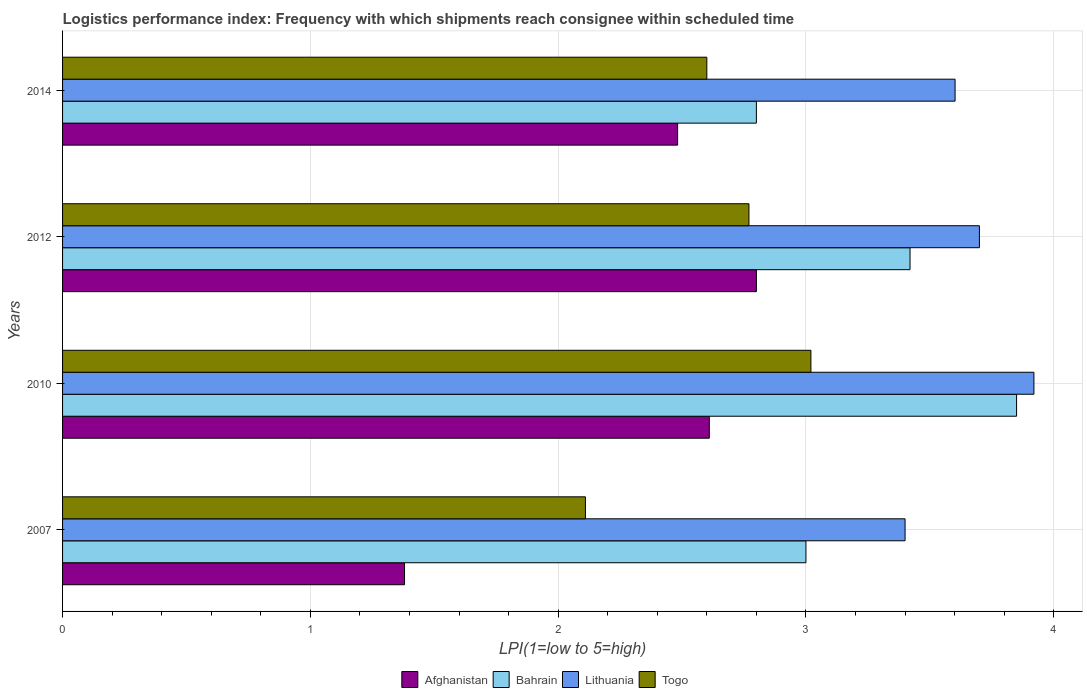
| Years | Afghanistan | Bahrain | Lithuania | Togo |
 | --- | --- | --- | --- | --- |
 | 2007 | 1.38 | 3 | 3.4 | 2.11 |
 | 2010 | 2.61 | 3.85 | 3.92 | 3.02 |
 | 2012 | 2.8 | 3.42 | 3.7 | 2.77 |
 | 2014 | 2.48 | 2.8 | 3.6 | 2.6 |